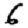
Digit: 6